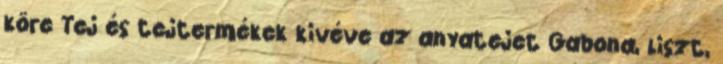
köre Tej és tejtermékek kivéve az anyatejet Gabona, liszt,